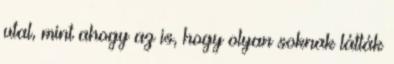
utal, mint ahogy az is, hogy olyan soknak látták